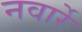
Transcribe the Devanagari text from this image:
नवार्रे